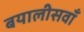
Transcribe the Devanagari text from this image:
बयालीसवाँ